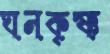
ঘনকৃষ্ণ